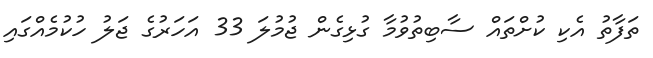
ތަފާތު އެކި ކުށްތައް ސާބިތުވުމާ ގުޅިގެން ޖުމުލަ 33 އަހަރުގެ ޖަލު ހުކުމެއްގައި